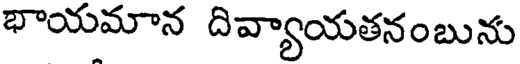
భాయమాన దివ్యాయతనంబును